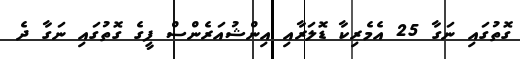
ގޮތުގައި ނަގާ 25 އެމެރިކާ ޑޮލަރާއި އިންޝުއަރެންސް ފީގެ ގޮތުގައި ނަގާ ދެ